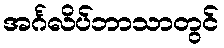
အင်္ဂလိပ်ဘာသာတွင်